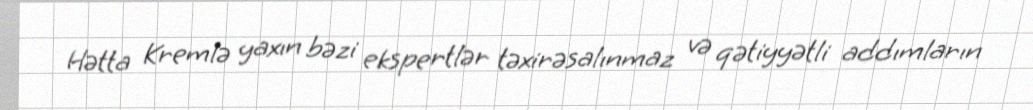
Hətta Kremlə yaxın bəzi ekspertlər təxirəsalınmaz və qətiyyətli addımların